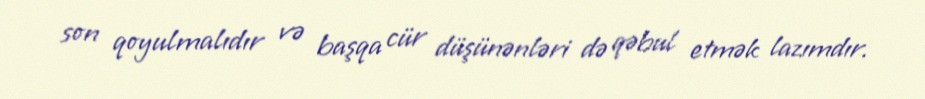
son qoyulmalıdır və başqa cür düşünənləri də qəbul etmək lazımdır.